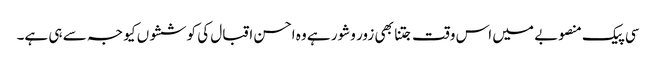
سی پیک منصوبے میں اس وقت جتنا بھی زور وشور ہے وہ احسن اقبال کی کوششوں کیو جہ سے ہی ہے۔